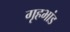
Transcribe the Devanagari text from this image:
गृहभांड